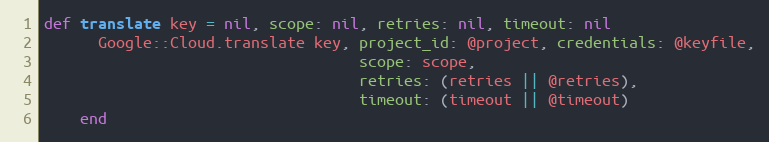
Language: Ruby
def translate key = nil, scope: nil, retries: nil, timeout: nil
      Google::Cloud.translate key, project_id: @project, credentials: @keyfile,
                                   scope: scope,
                                   retries: (retries || @retries),
                                   timeout: (timeout || @timeout)
    end